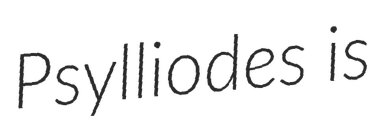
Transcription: Psylliodes is